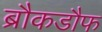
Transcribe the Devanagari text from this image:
ब्रौकडौफ